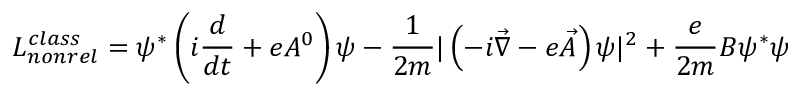
{ \cal { L } } _ { n o n r e l } ^ { c l a s s } = \psi ^ { * } \left( i \frac { d } { d t } + e A ^ { 0 } \right) \psi - \frac { 1 } { 2 m } | \left( - i \vec { \nabla } - e \vec { A } \right) \psi | ^ { 2 } + \frac { e } { 2 m } B \psi ^ { * } \psi